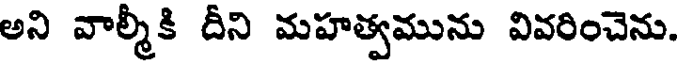
అని వాల్మీకి దీని మహత్వమును వివరించెను.